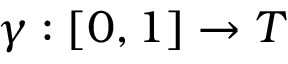
\gamma : \left[ 0 , 1 \right] \rightarrow T